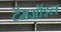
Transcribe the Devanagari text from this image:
टैमऑइल